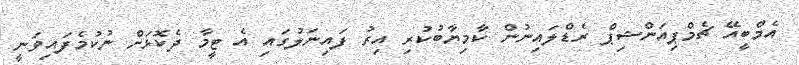
އެމްބީއޭ ޗެމްޕިއަންޝިޕް ރެޑްލައިނުން ކާމިޔާބުކުރި އިރު ފައިނަލުގައި އެ ޓީމާ ދެކޮޅަށް ނުކުމެފައިވަނީ